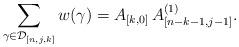
LaTeX: \begin{align*}\sum_{\gamma\in\mathcal{D}_{[n,j,k]}}w(\gamma)=A_{[k,0]}\,A_{[n-k-1,j-1]}^{(1)}.\end{align*}